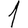
Digit: 1